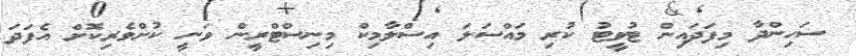
ސަހިންދާ މިފަދައިން ޓުވީޓު ކުރި މައްސަލަ އިސްލާމިކް މިނިސްޓްރީން ވަނީ ކުށްވެރިކޮށް އެފަދަ